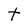
Character: t